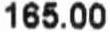
165.00